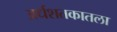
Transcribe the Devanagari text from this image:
अर्धशतकातला